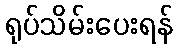
ရုပ်သိမ်းပေးရန်